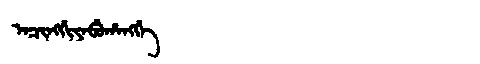
Manchu: ᠠᠴᡳᠩᡤᡳᠶᠠᠪᡠᡥᠠᠩᡤᡝ
Romanization: ACINGGIYABUHANGGE